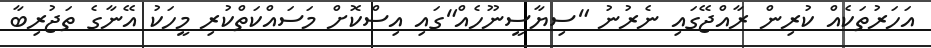
އަހަރުތަކެއް ކުރިން ރާއްޖޭގައި ނެރުނު "ސިޔާސީނޫހެއް"ގައި އިސްކޮށް މަސައްކަތްކުރި މީހަކު އޭނާގެ ތަޖުރިބާ